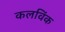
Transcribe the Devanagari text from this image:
कलविंक